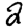
Digit: 2